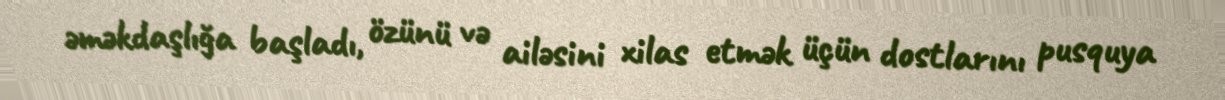
əməkdaşlığa başladı, özünü və ailəsini xilas etmək üçün dostlarını pusquya